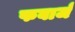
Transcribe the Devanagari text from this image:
फबार्ज